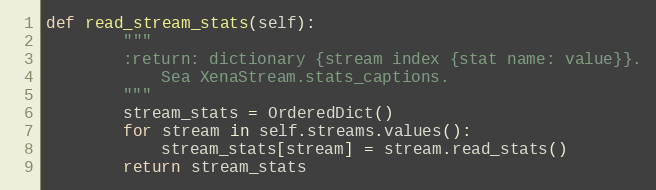
Language: Python
def read_stream_stats(self):
        """
        :return: dictionary {stream index {stat name: value}}.
            Sea XenaStream.stats_captions.
        """
        stream_stats = OrderedDict()
        for stream in self.streams.values():
            stream_stats[stream] = stream.read_stats()
        return stream_stats